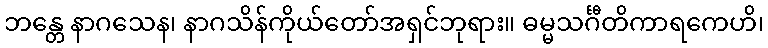
ဘန္တေ နာဂသေန၊ နာဂသိန်ကိုယ်တော်အရှင်ဘုရား။ ဓမ္မသင်္ဂီတိကာရကေဟိ၊